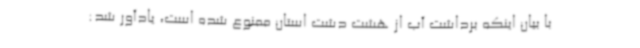
با بیان اینکه برداشت آب از هشت دشت استان ممنوع شده است، یادآور شد: